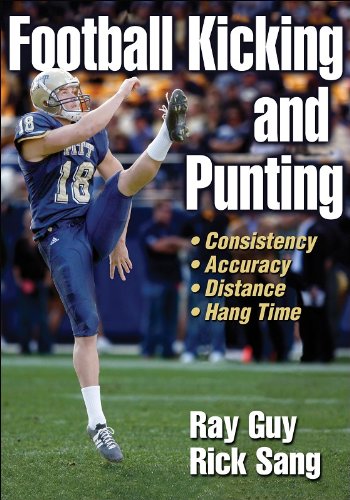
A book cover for Football Kicking and Punting; Ray Guy; Sports & Outdoors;